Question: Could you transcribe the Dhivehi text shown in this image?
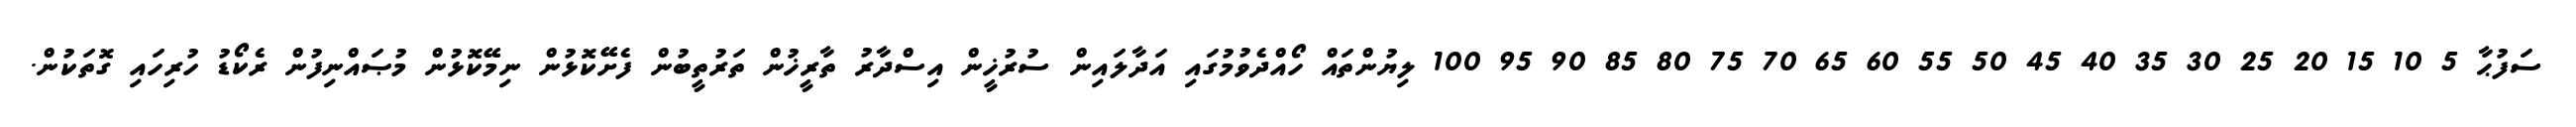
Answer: ސަފުޙާ 5 10 15 20 25 30 35 40 45 50 55 60 65 70 75 80 85 90 95 100 ލިޔުންތައް ހޯއްދެވުމުގައި އަދާލައިން ސުރުޚީން އިސްދާރު ތާރީޚުން ތަރުތީބުން ފެށޭކޮޅުން ނިމޭކޮޅުން މުޞައްނިފުން ރެކޯޑު ހުރިހައި ގޮތަކުން.